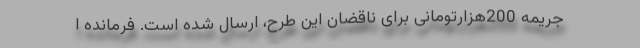
جریمه 200هزارتومانی برای ناقضان این طرح، ارسال شده است. فرمانده ا